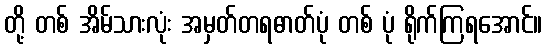
တို့ တစ် အိမ်သားလုံး အမှတ်တရဓာတ်ပုံ တစ် ပုံ ရိုက်ကြရအောင်။